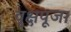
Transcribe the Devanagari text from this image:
वृक्षपूजा